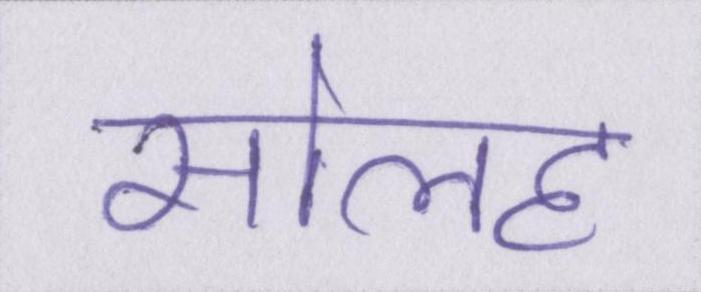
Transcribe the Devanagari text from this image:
सोलह